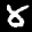
Label: 8